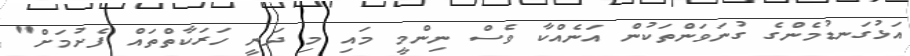
އަޅުގަނޑުމެންގެ ގުނަވަންތަކުން އަނެއްކާ ވެސް ނިންމީ މައި މި ދަނީ ހަރަކާތްތައް ފެށުމަށް"